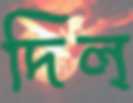
দিল্